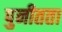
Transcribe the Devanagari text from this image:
पुनीतता